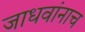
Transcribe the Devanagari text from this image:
जाधवांनाच